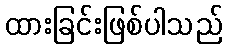
ထားခြင်းဖြစ်ပါသည်